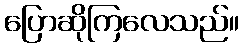
ပြောဆိုကြလေသည်။